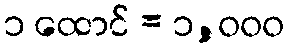
၁ ထောင် = ၁,၀၀၀